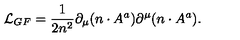
{ \cal L } _ { G F } = \frac { 1 } { 2 n ^ { 2 } } \partial _ { \mu } ( n \cdot A ^ { a } ) \partial ^ { \mu } ( n \cdot A ^ { a } ) .